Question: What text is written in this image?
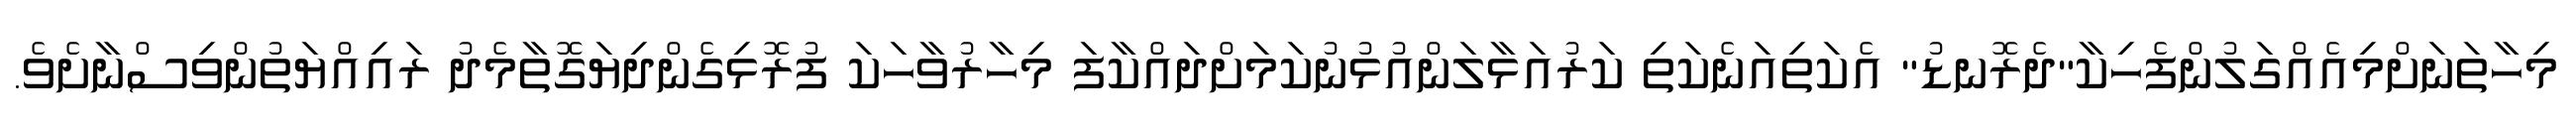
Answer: މިހާތަނަށްމިއެއްގަލުންފެހިކާ"ދެރޮނޑު" އެކަތިއަނެކަތި ކަރުއަޅާލަންއުޅުނުކަމަށްދައްކާފަ މިހާރުވާހަކަ ފުރޮޅިގެންދިޔަގޮތާމެދު ރައިއްޔަތުންވިސްނާށެވެ.